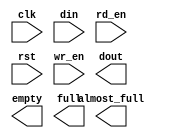
module cdq_tx_fifo_512x36(
	clk,
	din,
	rd_en,
	rst,
	wr_en,
	almost_full,
	dout,
	empty,
	full);


input clk;
input [35 : 0] din;
input rd_en;
input rst;
input wr_en;
output almost_full;
output [35 : 0] dout;
output empty;
output full;

// synthesis translate_off

      FIFO_GENERATOR_V4_2 #(
		.C_COMMON_CLOCK(1),
		.C_COUNT_TYPE(0),
		.C_DATA_COUNT_WIDTH(9),
		.C_DEFAULT_VALUE("BlankString"),
		.C_DIN_WIDTH(36),
		.C_DOUT_RST_VAL("0"),
		.C_DOUT_WIDTH(36),
		.C_ENABLE_RLOCS(0),
		.C_FAMILY("virtex2p"),
		.C_FULL_FLAGS_RST_VAL(1),
		.C_HAS_ALMOST_EMPTY(0),
		.C_HAS_ALMOST_FULL(1),
		.C_HAS_BACKUP(0),
		.C_HAS_DATA_COUNT(0),
		.C_HAS_INT_CLK(0),
		.C_HAS_MEMINIT_FILE(0),
		.C_HAS_OVERFLOW(0),
		.C_HAS_RD_DATA_COUNT(0),
		.C_HAS_RD_RST(0),
		.C_HAS_RST(1),
		.C_HAS_SRST(0),
		.C_HAS_UNDERFLOW(0),
		.C_HAS_VALID(0),
		.C_HAS_WR_ACK(0),
		.C_HAS_WR_DATA_COUNT(0),
		.C_HAS_WR_RST(0),
		.C_IMPLEMENTATION_TYPE(0),
		.C_INIT_WR_PNTR_VAL(0),
		.C_MEMORY_TYPE(1),
		.C_MIF_FILE_NAME("BlankString"),
		.C_OPTIMIZATION_MODE(0),
		.C_OVERFLOW_LOW(0),
		.C_PRELOAD_LATENCY(0),
		.C_PRELOAD_REGS(1),
		.C_PRIM_FIFO_TYPE("512x36"),
		.C_PROG_EMPTY_THRESH_ASSERT_VAL(5),
		.C_PROG_EMPTY_THRESH_NEGATE_VAL(6),
		.C_PROG_EMPTY_TYPE(0),
		.C_PROG_FULL_THRESH_ASSERT_VAL(510),
		.C_PROG_FULL_THRESH_NEGATE_VAL(509),
		.C_PROG_FULL_TYPE(0),
		.C_RD_DATA_COUNT_WIDTH(9),
		.C_RD_DEPTH(512),
		.C_RD_FREQ(125),
		.C_RD_PNTR_WIDTH(9),
		.C_UNDERFLOW_LOW(0),
		.C_USE_DOUT_RST(1),
		.C_USE_ECC(0),
		.C_USE_EMBEDDED_REG(0),
		.C_USE_FIFO16_FLAGS(0),
		.C_USE_FWFT_DATA_COUNT(0),
		.C_VALID_LOW(0),
		.C_WR_ACK_LOW(0),
		.C_WR_DATA_COUNT_WIDTH(9),
		.C_WR_DEPTH(512),
		.C_WR_FREQ(125),
		.C_WR_PNTR_WIDTH(9),
		.C_WR_RESPONSE_LATENCY(1))
	inst (
		.CLK(clk),
		.DIN(din),
		.RD_EN(rd_en),
		.RST(rst),
		.WR_EN(wr_en),
		.ALMOST_FULL(almost_full),
		.DOUT(dout),
		.EMPTY(empty),
		.FULL(full),
		.INT_CLK(),
		.BACKUP(),
		.BACKUP_MARKER(),
		.PROG_EMPTY_THRESH(),
		.PROG_EMPTY_THRESH_ASSERT(),
		.PROG_EMPTY_THRESH_NEGATE(),
		.PROG_FULL_THRESH(),
		.PROG_FULL_THRESH_ASSERT(),
		.PROG_FULL_THRESH_NEGATE(),
		.RD_CLK(),
		.RD_RST(),
		.SRST(),
		.WR_CLK(),
		.WR_RST(),
		.ALMOST_EMPTY(),
		.DATA_COUNT(),
		.OVERFLOW(),
		.PROG_EMPTY(),
		.PROG_FULL(),
		.VALID(),
		.RD_DATA_COUNT(),
		.UNDERFLOW(),
		.WR_ACK(),
		.WR_DATA_COUNT(),
		.SBITERR(),
		.DBITERR());


// synthesis translate_on

endmodule